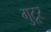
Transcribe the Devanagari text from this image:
गुटूर